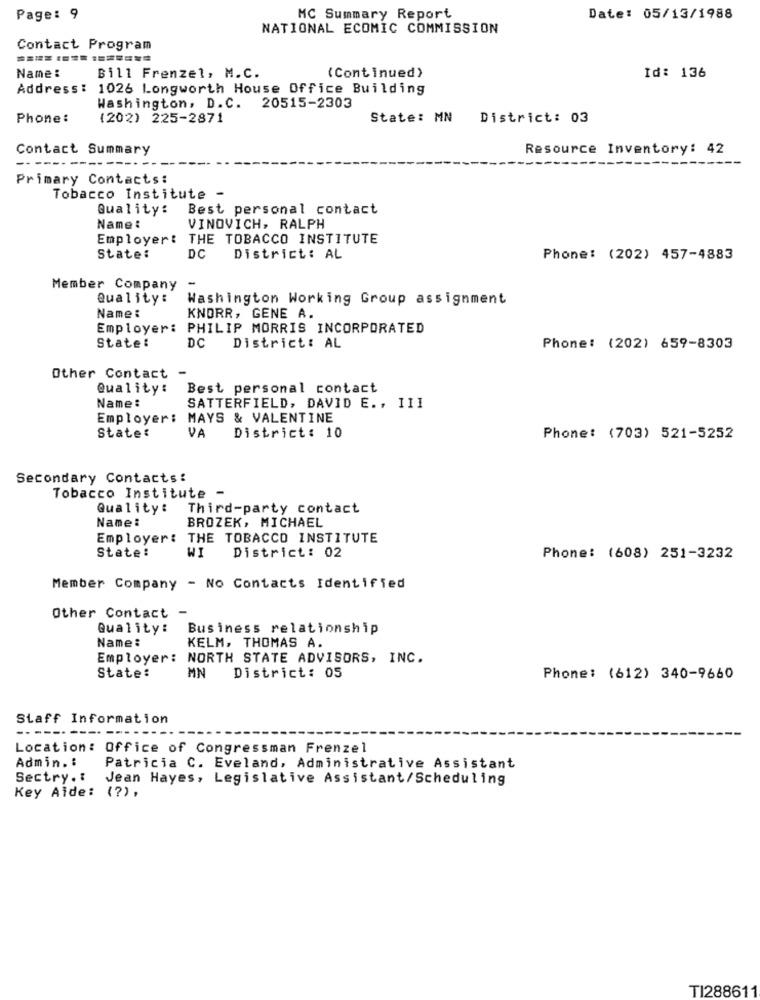
Page: 9
MC Summary Report
Date: 05/13/1988
NATIONAL ECOMIC COMMISSION
Contact Program
Name :
Bill Frenzel, M.C.
(Continued)
Id: 136
Address: 1026 Longworth House Office Building
Washington, D.C. 20515-2303
Phone:
(202) 225-2871
State: MN
District: 03
Contact Summary
Resource Inventory: 42
Primary Contacts:
Tobacco Institute -
Quality:
Best personal contact
Name :
VINOVICH, RALPH
Employer: THE TOBACCO INSTITUTE
State:
DC
District: AL
Phone: (202) 457-4883
Member Company
-
Quality:
Washington Working Group assignment
Name :
KNORR, GENE A.
Employer: PHILIP MORRIS INCORPORATED
DC
State:
District: AL
Phone: (202) 659-8303
Other Contact -
Quality:
Best personal contact
Name :
SATTERFIELD, DAVID E ., 111
Employer:
MAYS & VALENTINE
State:
VA
District: 10
Phone: (703) 521-5252
Secondary Contacts:
Tobacco Institute -
Quality:
Third-party contact
Name:
BROZEK, MICHAEL
Employer: THE TOBACCO INSTITUTE
State:
WI
District: 02
Phone: (608) 251-3232
Member Company - No Contacts Identified
Other Contact -
Quality:
Business relationship
Name:
KELM, THOMAS A.
Employer:
NORTH STATE ADVISORS, INC.
MN
State:
District: 05
Phone: (612) 340-9660
Staff Information
---
Location: Office of Congressman Frenzel
Admin .:
Patricia C. Eveland, Administrative Assistant
Sectry .:
Jean Hayes, Legislative Assistant/Scheduling
Key Aide: (?),
TI288611